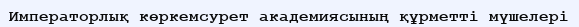
Императорлық көркемсурет академиясының құрметті мүшелері